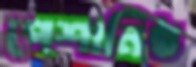
পেশানিষ্ঠ